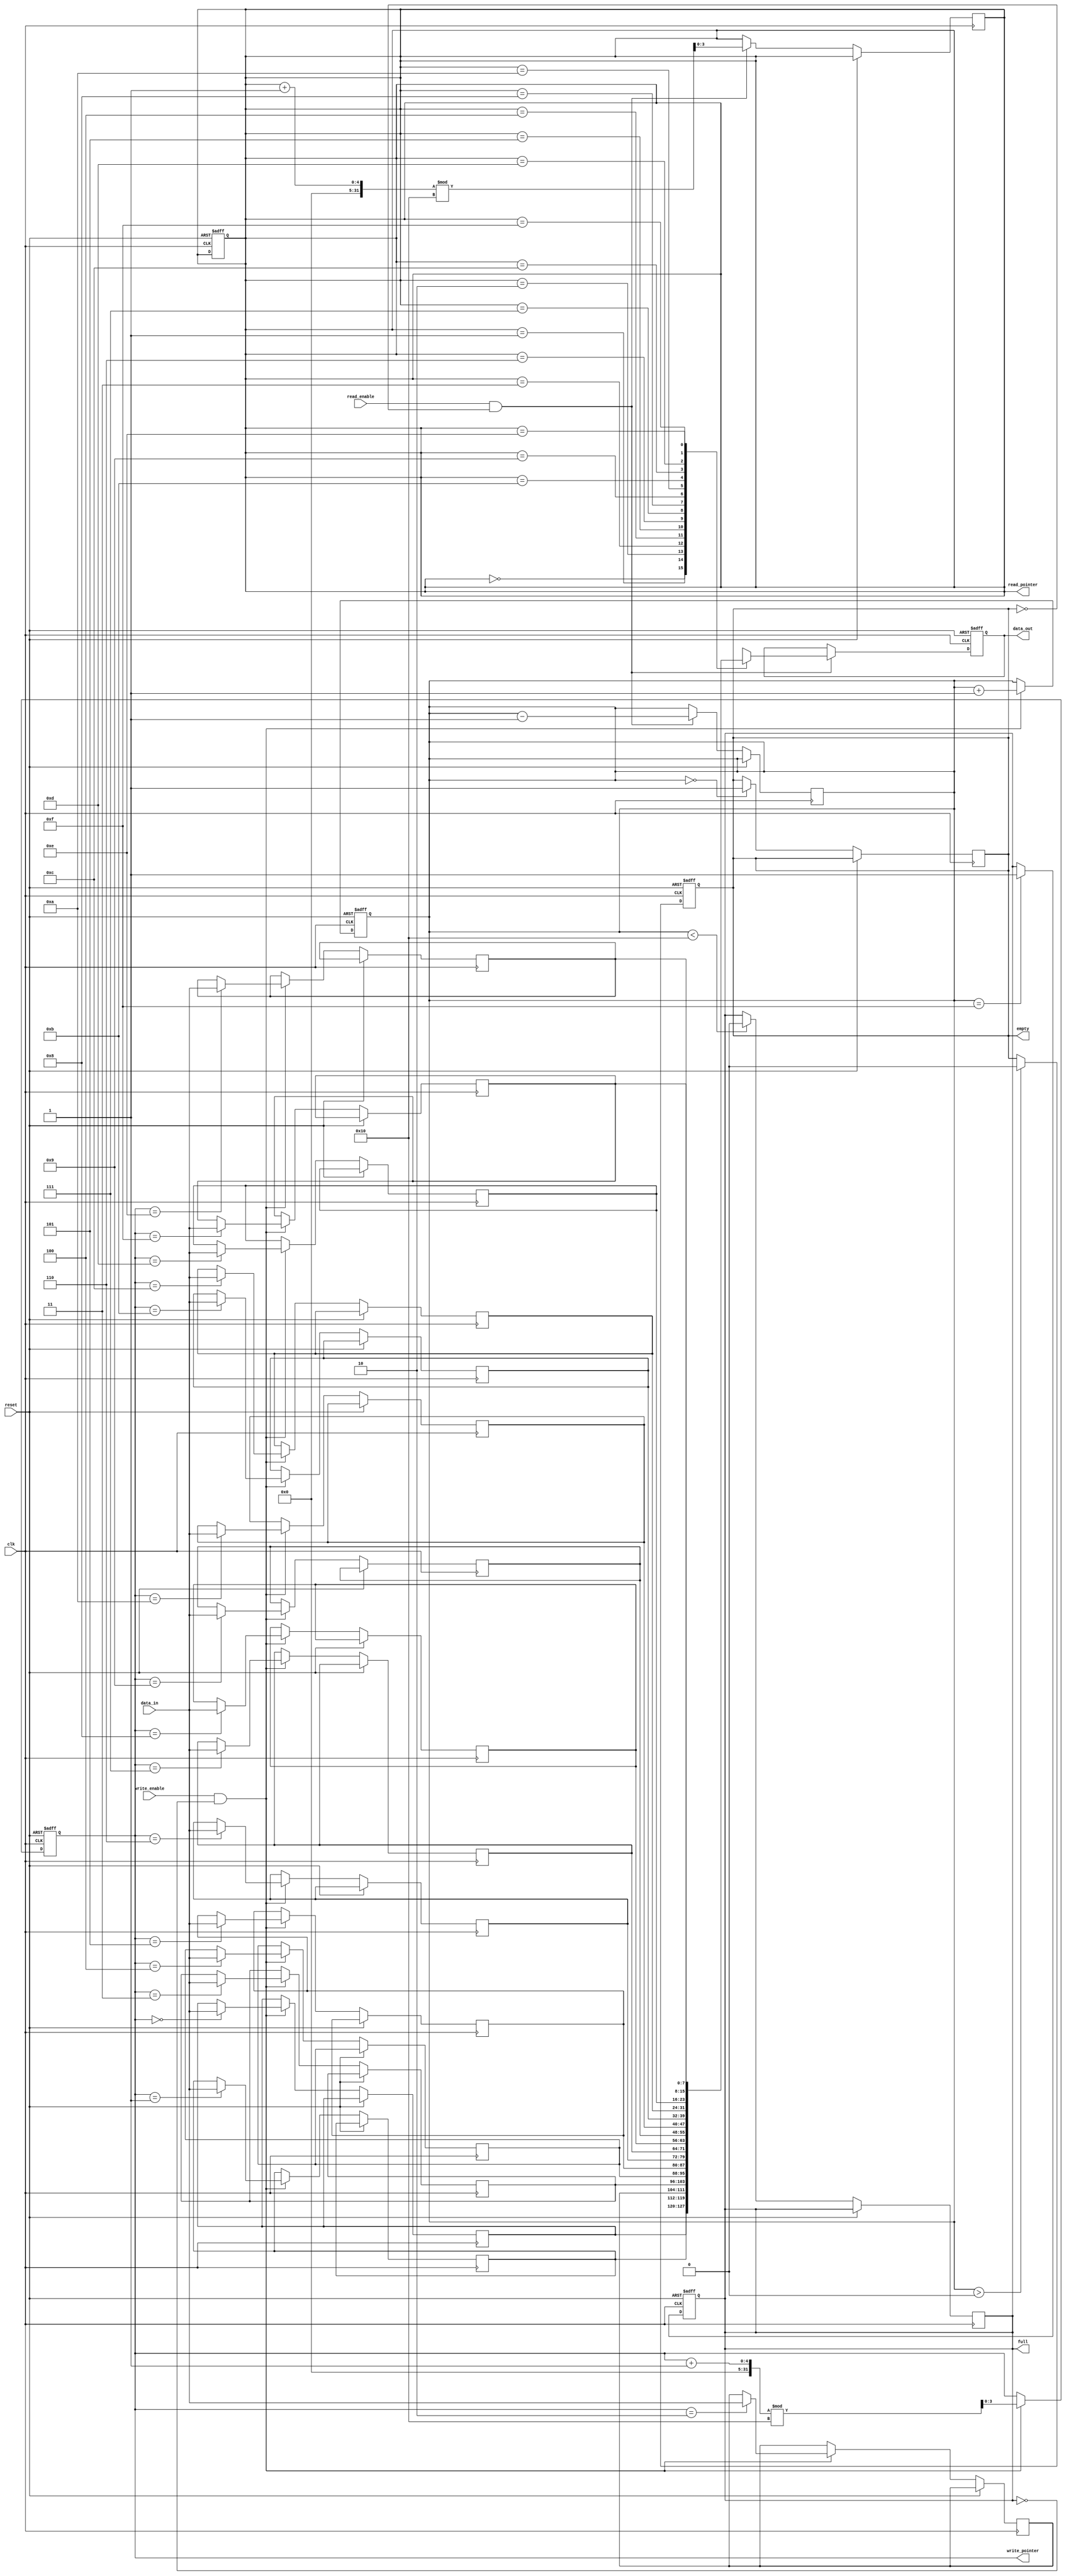
module parameterized_fifo #(
    parameter DATA_WIDTH = 8,               // Width of the data bus
    parameter FIFO_DEPTH = 16                // Depth of the FIFO
) (
    input wire clk,                          // Clock signal
    input wire reset,                        // Active-high reset signal
    input wire [DATA_WIDTH-1:0] data_in,    // Input data bus
    input wire write_enable,                 // Write enable signal
    input wire read_enable,                  // Read enable signal
    output reg [DATA_WIDTH-1:0] data_out,   // Output data bus
    output reg full,                         // FIFO full status
    output reg empty,                        // FIFO empty status
    output reg [$clog2(FIFO_DEPTH)-1:0] write_pointer, // Write pointer
    output reg [$clog2(FIFO_DEPTH)-1:0] read_pointer   // Read pointer
);
    
    // Internal memory array
    reg [DATA_WIDTH-1:0] fifo_mem [0:FIFO_DEPTH-1];
    
    // Internal count of items in the FIFO
    reg [$clog2(FIFO_DEPTH):0] item_count;

    // Initialize outputs and internal registers
    integer i;
    initial begin
        full = 1'b0;
        empty = 1'b1;
        item_count = 0;
        write_pointer = 0;
        read_pointer = 0;
        data_out = 0;
        
        // Initialize FIFO memory
        for (i = 0; i < FIFO_DEPTH; i = i + 1) begin
            fifo_mem[i] = 0;
        end
    end

    // Write operation
    always @(posedge clk or posedge reset) begin
        if (reset) begin
            // Reset FIFO
            full <= 1'b0;
            empty <= 1'b1;
            item_count <= 0;
            write_pointer <= 0;
            read_pointer <= 0;
        end else begin
            if (write_enable && !full) begin
                // Write data to FIFO
                fifo_mem[write_pointer] <= data_in;
                write_pointer <= (write_pointer + 1) % FIFO_DEPTH;
                item_count <= item_count + 1;
            end
            
            // Update full and empty flags
            if (item_count == FIFO_DEPTH - 1) begin
                full <= 1'b1;
            end
            if (item_count > 0) begin
                empty <= 1'b0;
            end
        end
    end

    // Read operation
    always @(posedge clk or posedge reset) begin
        if (reset) begin
            // Reset FIFO
            data_out <= 0;
        end else begin
            if (read_enable && !empty) begin
                // Read data from FIFO
                data_out <= fifo_mem[read_pointer];
                read_pointer <= (read_pointer + 1) % FIFO_DEPTH;
                item_count <= item_count - 1;
            end
            
            // Update full and empty flags
            if (item_count == 0) begin
                empty <= 1'b1;
            end
            if (item_count < FIFO_DEPTH) begin
                full <= 1'b0;
            end
        end
    end

endmodule